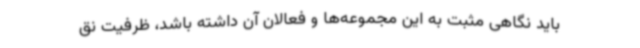
باید نگاهی مثبت به این مجموعه‌ها و فعالان آن داشته باشد، ظرفیت نق